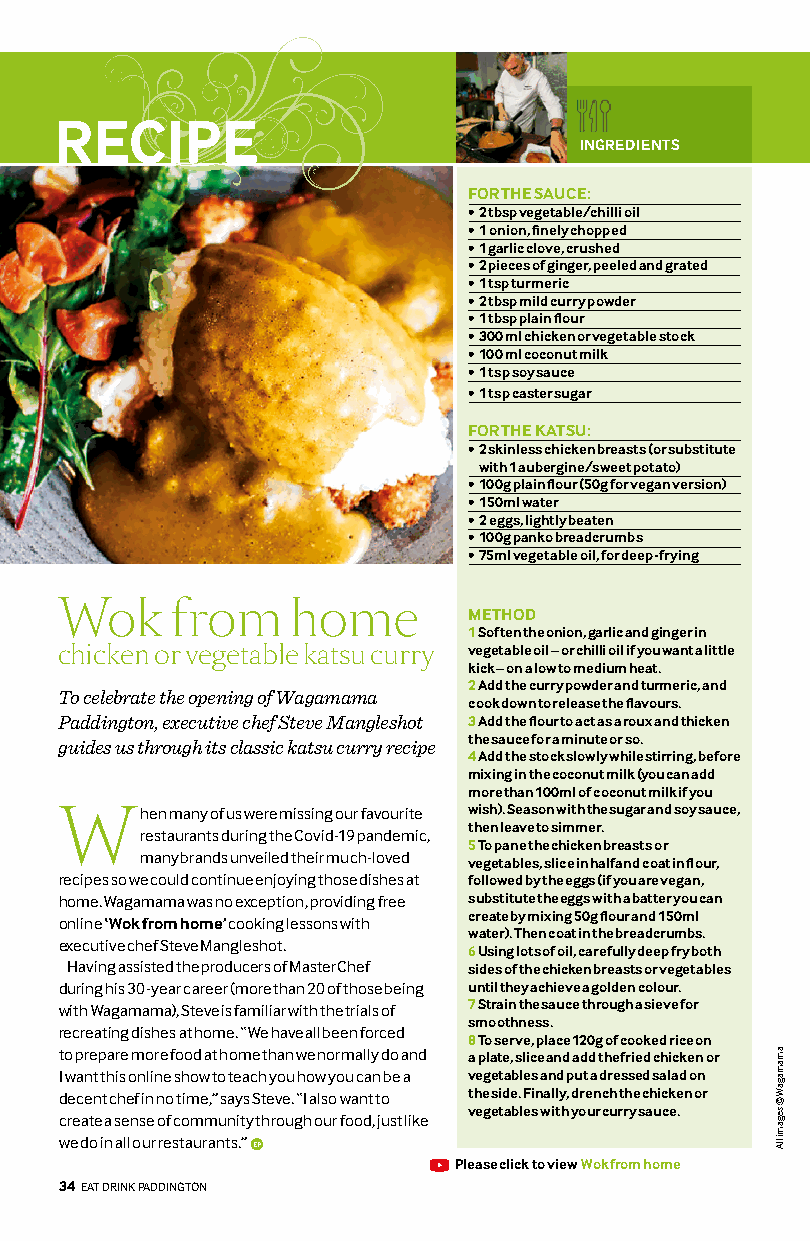
RECIPE
 INGREDIENTS
 FOR THE SAUCE:
 • 2 tbsp vegetable/chilli oil
 • 1 onion, finely chopped
 • 1 garlic clove, crushed
 • 2 pieces of ginger, peeled and grated
 • 1 tsp turmeric
 • 2 tbsp mild curry powder
 • 1 tbsp plain flour
 • 3 00 ml chicken or vegetable stock
 • 1 00 ml coconut milk
 • 1 tsp soy sauce
 • 1 tsp caster sugar
 FOR THE KATSU:
 • 2 skinless chicken breasts (or substitute
 with 1 aubergine/sweet potato)
 • 1 00g plain flour (50g for vegan version)
 • 1 50ml water
 • 2 eggs, lightly beaten
 • 1 00g panko breadcrumbs
 • 75ml vegetable oil, for deep-frying
 Wok    from    home        METHOD
 1 Soften the onion, garlic and ginger in
 chicken or vegetable katsu curry vegetable oil – or chilli oil if you want a little
 kick – on a low to medium heat.
 2 Add the curry powder and turmeric, and
 To celebrate the opening of Wagamama
 cook down to release the flavours.
 Paddington, executive chef Steve Mangleshot 3 Add the flour to act as a roux and thicken
 the sauce for a minute or so.
 guides us through its classic katsu curry recipe
 4 Add the stock slowly while stirring, before
 mixing in the coconut milk (you can add
 more than 100ml of coconut milk if you
 When   many of us were missing our favourite wish). Season with the sugar and soy sauce,
 then leave to simmer.
 restaurants during the Covid-19 pandemic,
 5 To pane the chicken breasts or
 many brands unveiled their much-loved
 vegetables, slice in half and coat in flour,
 recipes so we could continue enjoying those dishes at followed by the eggs (if you are vegan,
 home. Wagamama was no exception, providing free substitute the eggs with a batter you can
 online ‘Wok from home’ cooking lessons with create by mixing 50g flour and 150ml
 water). Then coat in the breadcrumbs.
 executive chef Steve Mangleshot.
 6 Using lots of oil, carefully deep fry both
 Having assisted the producers of MasterChef sides of the chicken breasts or vegetables
 during his 30-year career (more than 20 of those being until they achieve a golden colour.
 with Wagamama), Steve is familiar with the trials of 7 Strain the sauce through a sieve for
 smoothness.
 recreating dishes at home. “We have all been forced
 8 To serve, place 120g of cooked rice on
 to prepare more food at home than we normally do and a plate, slice and add the fried chicken or
 I want this online show to teach you how you can be a vegetables and put a dressed salad on
 decent chef in no time,” says Steve. “I also want to the side. Finally, drench the chicken or
 vegetables with your curry sauce. create a sense of community through our food, just like
 we do in all our restaurants.” EP
 Please click to view Wok from home
 3344 EEAATT DDRRIINNKK PADDINGTON
 amamagaW
 ©
 segami
 llA